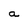
Character: a